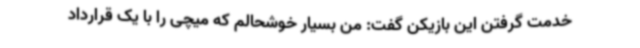
خدمت گرفتن این بازیکن گفت: من بسیار خوشحالم که میچی را با یک قرارداد